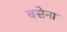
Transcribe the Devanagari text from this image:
बसेना